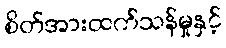
စိတ်အားထက်သန်မှုနှင့်